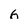
Character: 6